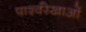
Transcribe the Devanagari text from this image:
पार्श्वरेखाओं